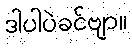
ဒါပါပဲခင်ဗျာ။